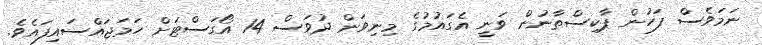
ނަމަވެސް ފަހުން ޕާކިސްތާނުން ވަނީ އެގައުމުގެ މިނިވަން ދުވަސް 14 އޯގަސްޓަށް ހަމަޖައްސައިފައެވެ.